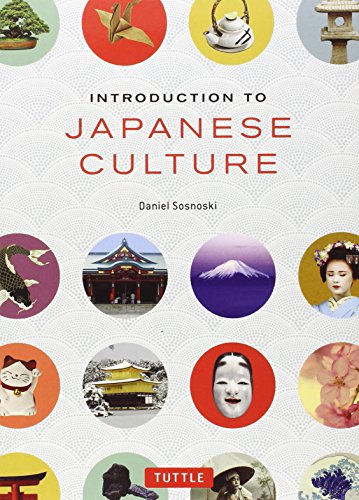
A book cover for Introduction to Japanese Culture; Travel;